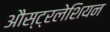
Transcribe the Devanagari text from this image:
औस्ट्रलेशियन